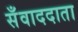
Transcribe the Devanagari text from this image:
सँवाददाता